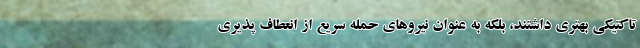
تاکتیکی بهتری داشتند، بلکه به عنوان نیروهای حمله سریع از انعطاف پذیری